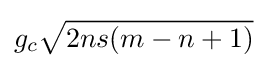
g_{c}{\sqrt {2ns(m-n+1)}}